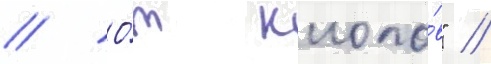
// О́т клопо́в" //